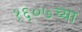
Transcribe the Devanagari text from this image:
१६०७च्या